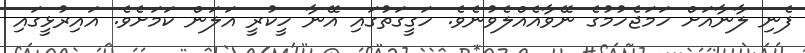
ފެނި ލާނާއަށް ހަމަޖެހުމުގެ ނޭވާއެއްލެވުނެވެ. ހަގީގަތުގައި އޭނާ ހީކުރީ އަލަން ކަމަށެވެ. އައިރުޅީގައި